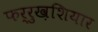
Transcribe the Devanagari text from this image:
फर्रुख़शियार